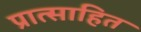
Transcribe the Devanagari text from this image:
प्रात्साहित